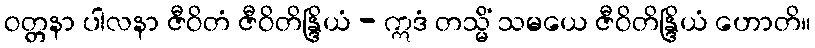
ဝတ္တနာ ပါလနာ ဇီဝိတံ ဇီဝိတိန္ဒြိယံ - ဣဒံ တသ္မိံ သမယေ ဇီဝိတိန္ဒြိယံ ဟောတိ။